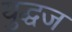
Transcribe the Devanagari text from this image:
युद्धज